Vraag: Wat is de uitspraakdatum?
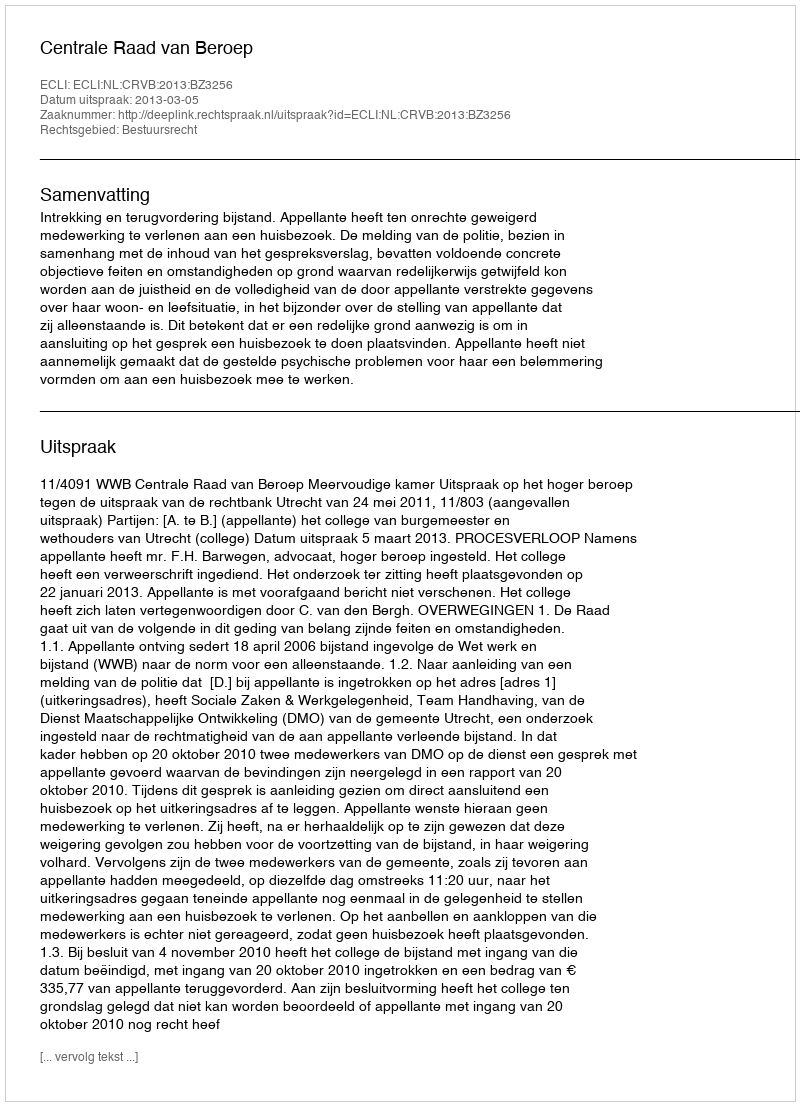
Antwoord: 2013-03-05